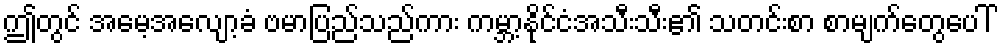
ဤတွင် အမေ့အလျော့ခံ ဗမာပြည်သည်ကား ကမ္ဘာ့နိုင်ငံအသီးသီး၏ သတင်းစာ စာမျက်တွေပေါ်